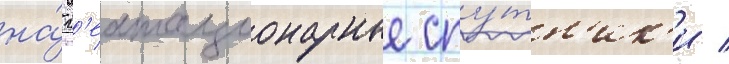
на́ г'еостационарные спу́тн'ик'и /